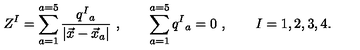
Z ^ { I } = \sum _ { a = 1 } ^ { a = 5 } { \frac { q ^ { I } { } _ { a } } { | \vec { x } - \vec { x } _ { a } | } } \ , \qquad \sum _ { a = 1 } ^ { a = 5 } q ^ { I } { } _ { a } = 0 \ , \qquad I = 1 , 2 , 3 , 4 .